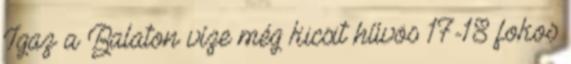
Igaz a Balaton víze még kicsit hűvös 17-18 fokos